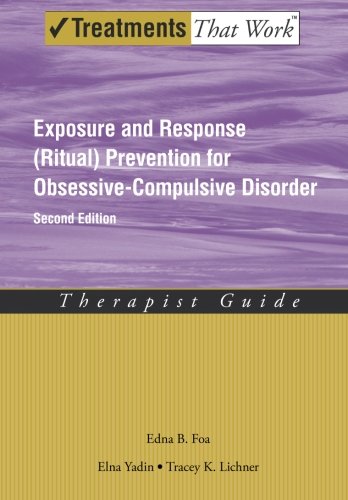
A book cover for Exposure and Response (Ritual) Prevention for Obsessive-Compulsive Disorder: Therapist Guide (Treatments That Work); Edna B. Foa; Medical Books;